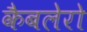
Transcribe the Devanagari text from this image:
कैबलेरो